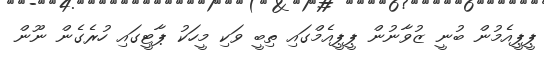
ޕީޕީއެމުން ބުނީ ޒުވާނުން ޕީޕީއެމްގައި ތިބީ ވަކި މީހަކު ޕާޓީގައި ހުރެގެން ނޫން